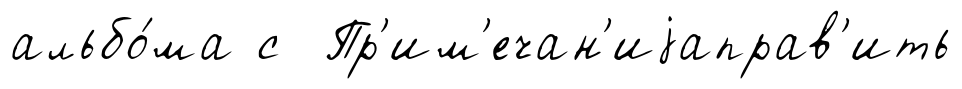
альбо́ма с Пр'им'ечан'иjаправ'ить